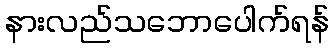
နားလည်သဘောပေါက်ရန်